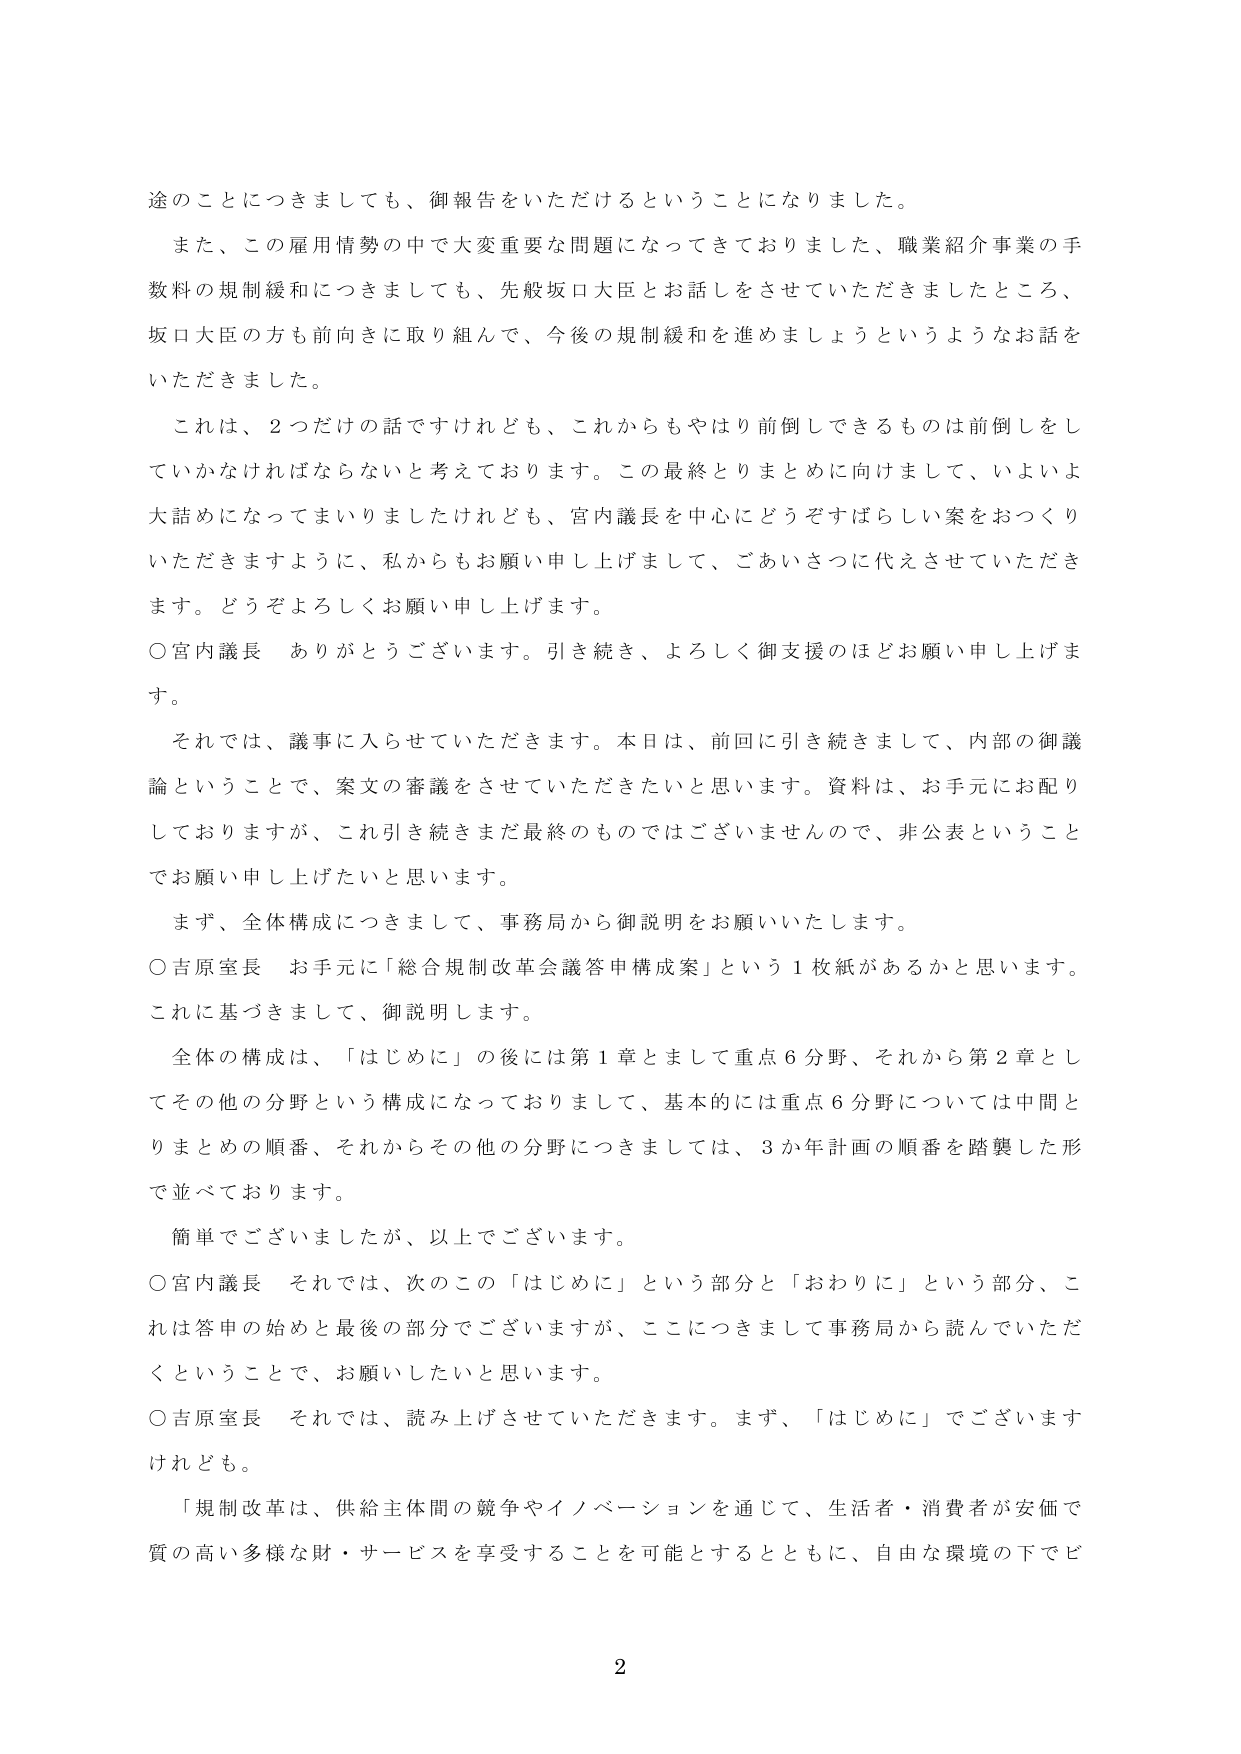
途のことにつきましても、御報告をいただけるということになりました。

また、この雇用情勢の中で大変重要な問題になってきておりました、職業紹介事業の手数料の規制緩和につきましても、先般坂口大臣とお話しをさせていただきましたところ、坂口大臣の方も前向きに取り組んで、今後の規制緩和を進めましょうというようなお話をいただきました。

これは、2つだけの話ですけれども、これからもやはり前倒しできるものは前倒しをしていかなければならないと考えております。この最終とりまとめに向けまして、いよいよ大詰めになってまいりましたけれども、宮内議長を中心にどうぞすばらしい案をおつくりいただきますように、私からもお願い申し上げまして、ごあいさつに代えさせていただきます。どうぞよろしくお願い申し上げます。

○宮内議長　ありがとうございます。引き続き、よろしく御支援のほどお願い申し上げます。

それでは、議事に入らせていただきます。本日は、前回に引き続きまして、内部の御議論ということで、案文の審議をさせていただきたいと思います。資料は、お手元にお配りしておりますが、これ引き続きまだ最終のものではございませんので、非公表ということでお願い申し上げたいと思います。

まず、全体構成につきまして、事務局から御説明をお願いいたします。

○吉原室長　お手元に「総合規制改革会議答申構成案」という1枚紙があるかと思います。これに基づきまして、御説明します。

全体の構成は、「はじめに」の後には第1章としまして重点6分野、それから第2章としてその他の分野という構成になっておりまして、基本的には重点6分野については中間とりまとめの順番、それからその他の分野につきましては、3か年計画の順番を踏襲した形で並べております。

簡単でございましたが、以上でございます。

○宮内議長　それでは、次のこの「はじめに」という部分と「おわりに」という部分、これは答申の始めと最後の部分でございますが、ここにつきまして事務局から読んでいただくということで、お願いしたいと思います。

○吉原室長　それでは、読み上げさせていただきます。まず、「はじめに」でございますけれども。

「規制改革は、供給主体間の競争やイノベーションを通じて、生活者・消費者が安価で質の高い多様な財・サービスを享受することを可能とするとともに、自由な環境の下でビ

2